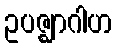
ဥပဇ္ဈာဂါဟ